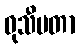
ဝုသီမတာ